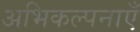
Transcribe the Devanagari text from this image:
अभिकल्पनाएँ